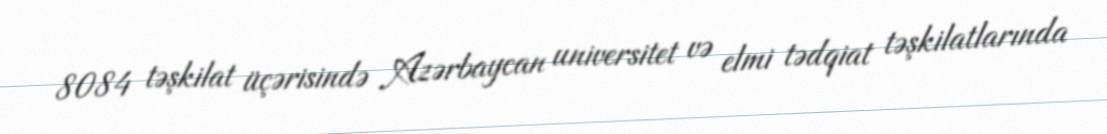
8084 təşkilat üçərisində Azərbaycan universitet və elmi tədqiat təşkilatlarında